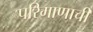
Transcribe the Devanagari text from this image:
परिमाणाची